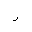
Letter: _ra